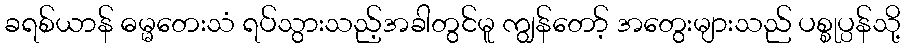
ခရစ်ယာန် ဓမ္မတေးသံ ရပ်သွားသည့်အခါတွင်မူ ကျွန်တော့် အတွေးများသည် ပစ္စုပ္ပန်သို့